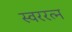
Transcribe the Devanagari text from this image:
स्वररत्न